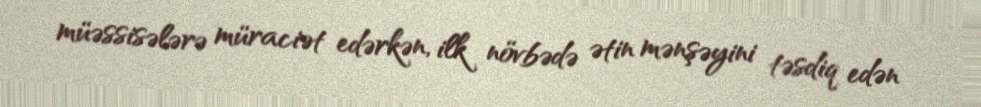
müəssisələrə müraciət edərkən, ilk növbədə ətin mənşəyini təsdiq edən